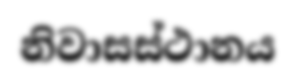
නිවාසස්ථානය